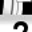
Digit: 2